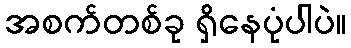
အစက်တစ်ခု ရှိနေပုံပါပဲ။